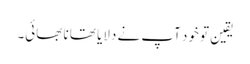
یقین تو خود آپ نے دلایا تھا نا بھائی۔